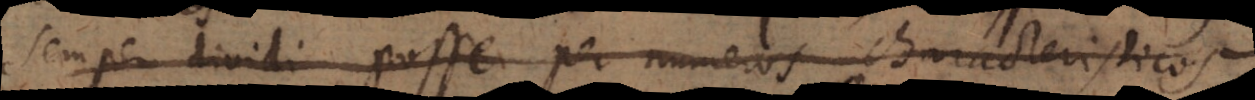
semper dividi posse per numeros characteristicos